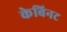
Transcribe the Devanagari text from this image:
केबिनट